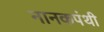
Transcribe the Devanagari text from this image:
नानकपंथी